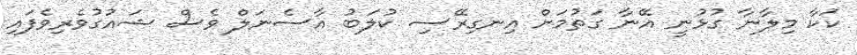
ކަކާ މިލާނާ ގުޅުނީ އޭނާ ގަތުމަށް އިނގިރޭސި ކުލަބު އާސެނަލް ވެސް ޝައުގުވެރިވެފައި